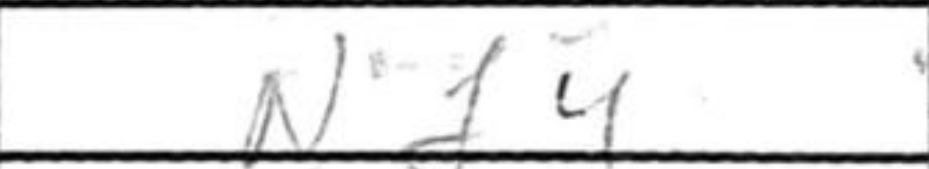
Transcription: Nf4